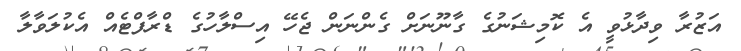
އަޒުރާ ވިދާޅުވީ އެ ކޮމިޝަނުގެ ގާނޫނަށް ގެންނަން ޖެހޭ އިސްލާހުގެ ޑްރާފްޓެއް އެކުލަވާލާ